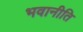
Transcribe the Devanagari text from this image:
भवानीति